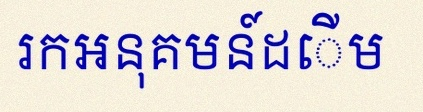
រកអនុគមន៍ដើម